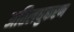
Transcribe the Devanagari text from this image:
अतिलघुकरण